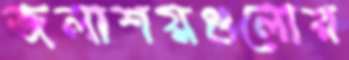
জলাশয়গুলোর